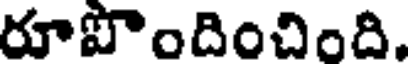
రూపొందించింది.